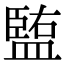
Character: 𥂠